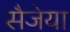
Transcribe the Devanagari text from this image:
सैजेया